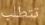
تتطلب